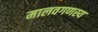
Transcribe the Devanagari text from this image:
मालवगणस्य